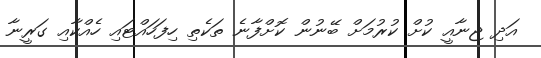
އަދި ޖިނާއީ ކުށް ކުރުމަށް ބޭނުން ކޮށްފާނެ ތަކެތި ހިފަހައްޓައި ހެއްކާއި ގަރީނާ